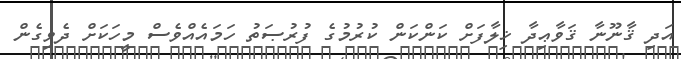
އަދި ޤާނޫނާ ޤަވާޢިދާ ޚިލާފަށް ކަންކަން ކުރުމުގެ ފުރުޞަތު ހަމައެއްވެސް މީހަކަށް ދެވިގެން